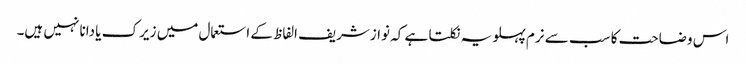
اس وضاحت کا سب سے نرم پہلو یہ نکلتا ہے کہ نوازشریف الفاظ کے استعمال میں زیرک یا دانا نہیں ہیں۔